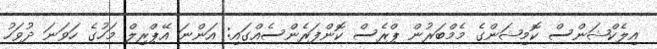
އިލެކްޝަންސް ކޮމިޝަންގެ މެމްބަރުން ޕްރެސް ކޮންފަރެންސެއްގައި: އަންނަ އޭޕްރިލް މަހުގެ ހަވަނަ ދުވަހު